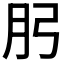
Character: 𭨧